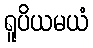
ရူပိယမယံ